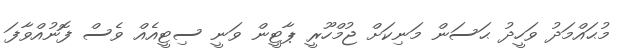
މުޙައްމަދު ވަހީދު ޙަސަން މަނިކަށް ޖުމްހޫރީ ޕާޓީން ވަނީ ސިޓީއެއް ވެސް ފޮނުއްވާފަ